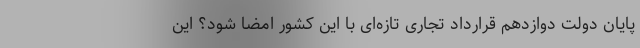
پایان دولت دوازدهم قرارداد تجاری تازه‌ای با این کشور امضا شود؟ این